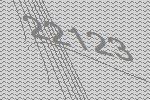
22123